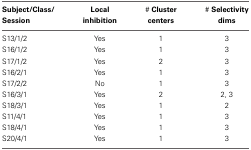
<table><thead><tr><td><b>Subject/Class/Session</b></td><td><b>Local inhibition</b></td><td><b># Cluster centers</b></td><td><b># Selectivity dims</b></td></tr></thead><tbody><tr><td>S13/1/2</td><td>Yes</td><td>1</td><td>3</td></tr><tr><td>S16/1/2</td><td>Yes</td><td>1</td><td>3</td></tr><tr><td>S17/1/2</td><td>Yes</td><td>2</td><td>3</td></tr><tr><td>S16/2/1</td><td>Yes</td><td>1</td><td>3</td></tr><tr><td>S17/2/2</td><td>No</td><td>1</td><td>3</td></tr><tr><td>S16/3/1</td><td>Yes</td><td>2</td><td>2, 3</td></tr><tr><td>S18/3/1</td><td>Yes</td><td>1</td><td>2</td></tr><tr><td>S11/4/1</td><td>Yes</td><td>1</td><td>3</td></tr><tr><td>S18/4/1</td><td>Yes</td><td>1</td><td>3</td></tr><tr><td>S20/4/1</td><td>Yes</td><td>1</td><td>3</td></tr></tbody></table>